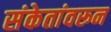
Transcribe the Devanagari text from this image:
संकेतांवरून